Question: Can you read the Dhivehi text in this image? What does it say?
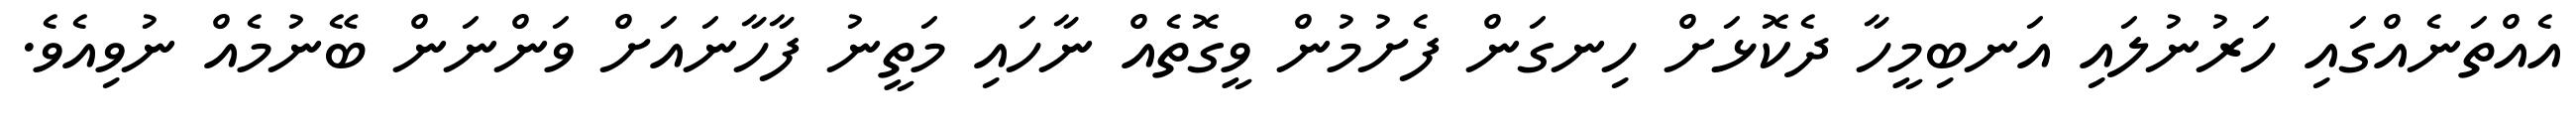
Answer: އެއްތަނެއްގައި ހަރުނުލައި އަނބިމީހާ ދެކޮޅަށް ހިނގަން ފެށުމުން ވީގޮތެއް ނާހައި މަތީނު ފާހާނައަށް ވަންނަން ބޭނުމެއް ނުވިއެވެ.